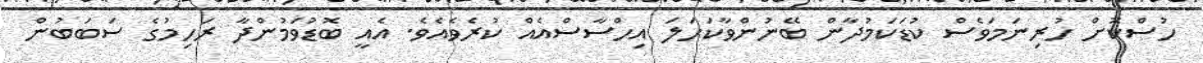
ހުސްކޮށް ހުރިނަމަވެސް ކުޑަކަމުދާން ބޭނުންވާކަހަލަ އިހްސާސްއެއް ކުރެވެއެވެ. އެއީ ބޮޑުވަމުންދާ ރަހިމުގެ ސަބަބުން